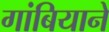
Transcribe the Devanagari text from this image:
गांबियाने